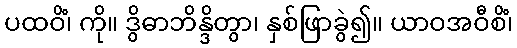
ပထဝိံ၊ ကို။ ဒွိဓာဘိန္ဒိတွာ၊ နှစ်ဖြာခွဲ၍။ ယာဝအဝီစိံ၊